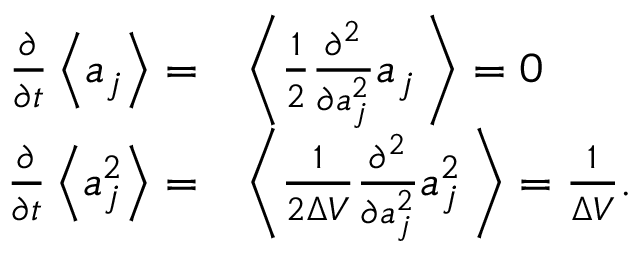
\begin{array} { r l } { \frac { \partial } { \partial t } \left\langle a _ { j } \right\rangle = } & { \left\langle \frac { 1 } { 2 } \frac { \partial ^ { 2 } } { \partial a _ { j } ^ { 2 } } a _ { j } \, \right\rangle = 0 } \\ { \frac { \partial } { \partial t } \left\langle a _ { j } ^ { 2 } \right\rangle = } & { \left\langle \frac { 1 } { 2 \Delta V } \frac { \partial ^ { 2 } } { \partial a _ { j } ^ { 2 } } a _ { j } ^ { 2 } \, \right\rangle = \frac { 1 } { \Delta V } . } \end{array}